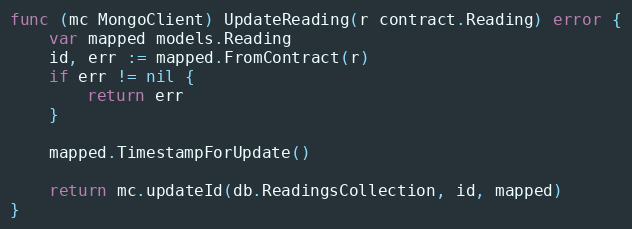
Language: Go
func (mc MongoClient) UpdateReading(r contract.Reading) error {
	var mapped models.Reading
	id, err := mapped.FromContract(r)
	if err != nil {
		return err
	}

	mapped.TimestampForUpdate()

	return mc.updateId(db.ReadingsCollection, id, mapped)
}